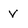
Character: v